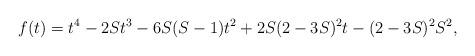
LaTeX: \begin{align*}\aligned&f(t)=t^4-2St^3-6S(S-1)t^2+2S(2-3S)^2t-(2-3S)^2S^2,\endaligned\end{align*}